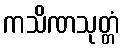
ကသိဏသုတ္တံ